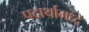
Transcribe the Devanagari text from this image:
पदार्थामध्दे